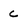
Character: c